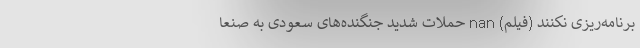
برنامه‌ریزی نکنند (فیلم) nan حملات شدید جنگنده‌های سعودی به صنعا